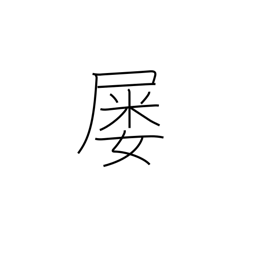
Meaning: frequently